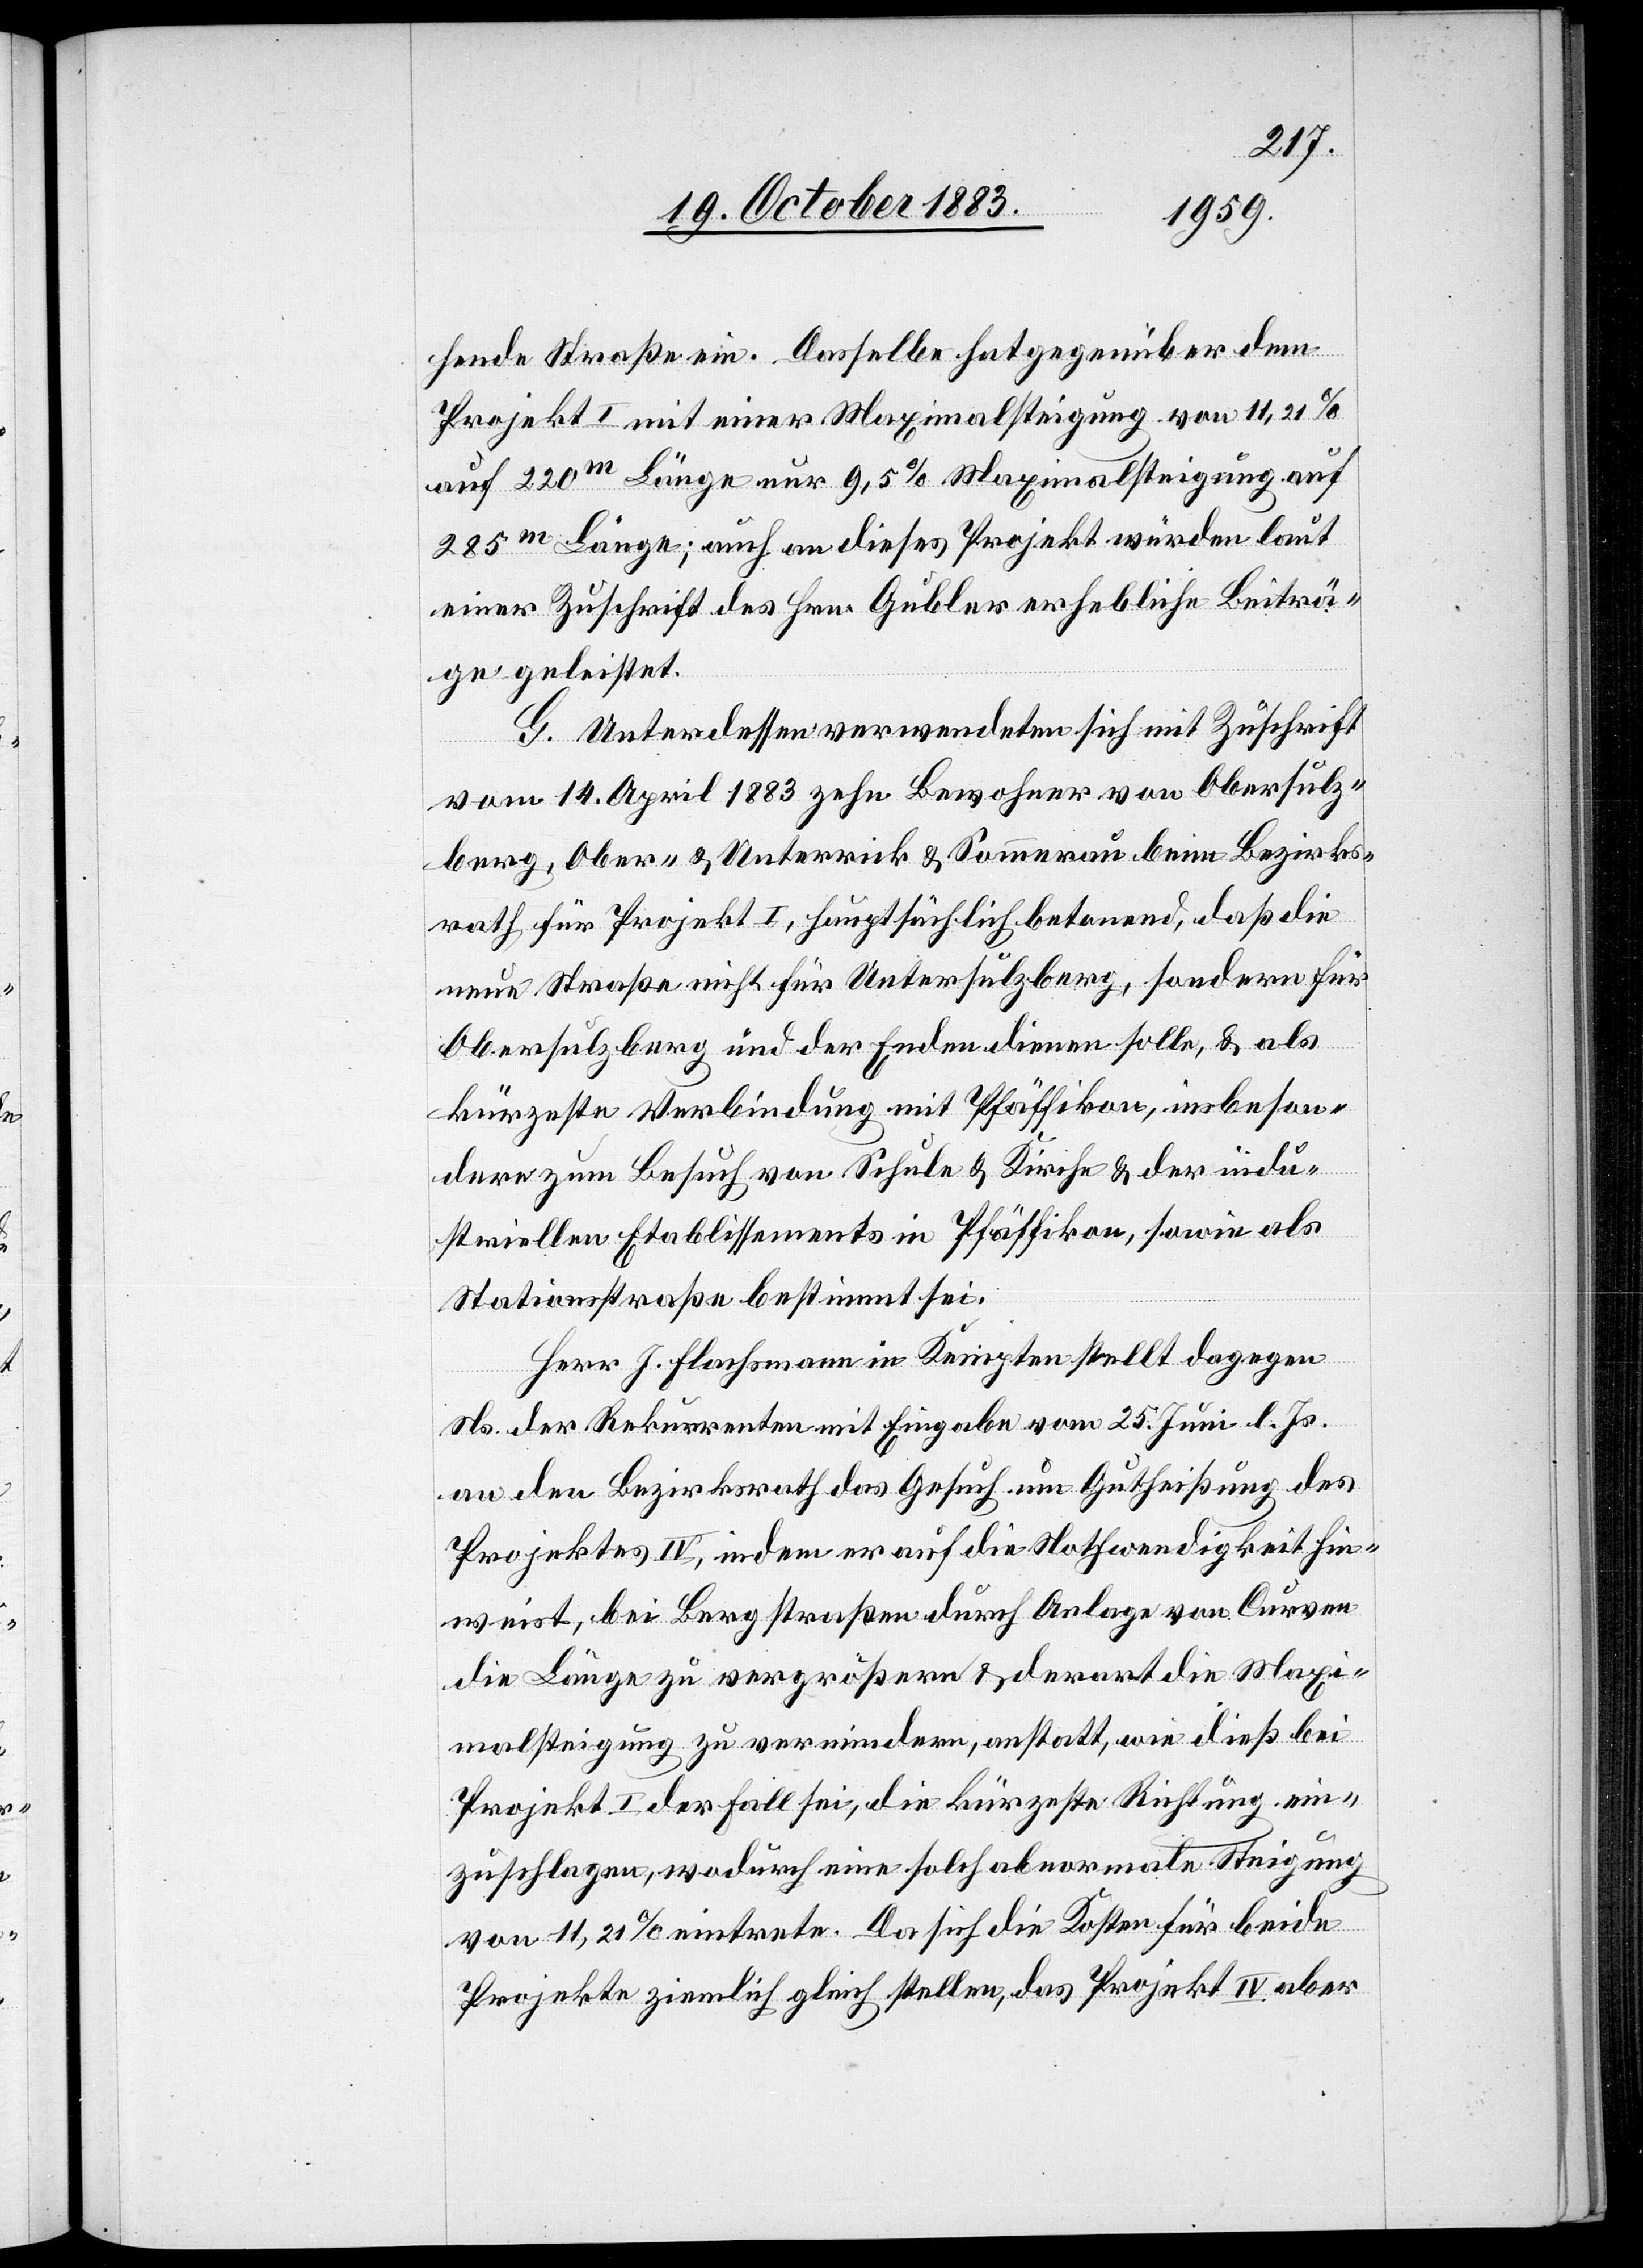
hende Straße ein. Dasselbe hat gegenüber dem
Projekt I mit einer Maximalsteigung von 11,21%
auf 220 m Länge nur 9,5% Maximalsteigung auf
285 m Länge; auch an dieses Projekt würden laut
einer Zuschrift des Hrn. Gubler erhebliche Beiträ¬
ge geleistet.
G. Unterdessen verwendeten sich mit Zuschrift
vom 14. April 1883 zehn Bewohner von Obersulz¬
berg, Ober- & Unterrick & Sommerau beim Bezirks¬
rath für Projekt I, hauptsächlich betonend, daß die
neue Straße nicht für Untersulzberg, sondern für
Obersulzberg und der Enden dienen solle, & als
kürzeste Verbindung mit Pfäffikon, insbeson¬
dere zum Besuch von Schule & Kirche & der indu¬
striellen Etablissements in Pfäffikon, sowie als
Stationsstraße bestimmt sei.
Herr J. Flachsmann in Kempten stellt dagegen
Ns. der Rekurrenten mit Eingabe vom 25. Juni l. Js.
an den Bezirksrath das Gesuch um Gutheißung des
Projektes IV, indem er auf die Nothwendigkeit hin¬
weist, bei Bergstraßen durch Anlage von Curven
die Länge zu vergrößern & derart die Maxi¬
malsteigung zu vermindern, anstatt, wie dieß bei
Projekt I der Fall sei, die kürzeste Richtung ein¬
zuschlagen, wodurch eine solche abnormale Steigung
von 11,25% eintrete. Da sich die Kosten für beide
Projekte ziemlich gleich stellen, das Projekt IV aber